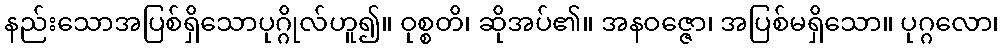
နည်းသောအပြစ်ရှိသောပုဂ္ဂိုလ်ဟူ၍။ ဝုစ္စတိ၊ ဆိုအပ်၏။ အနဝဇ္ဇော၊ အပြစ်မရှိသော။ ပုဂ္ဂလော၊